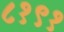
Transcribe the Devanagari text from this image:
८१९१